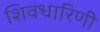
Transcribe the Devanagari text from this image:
शिवधारिणी